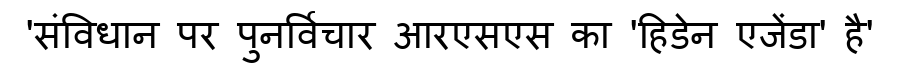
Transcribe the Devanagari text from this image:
'संविधान पर पुनर्विचार आरएसएस का 'हिडेन एजेंडा' है'